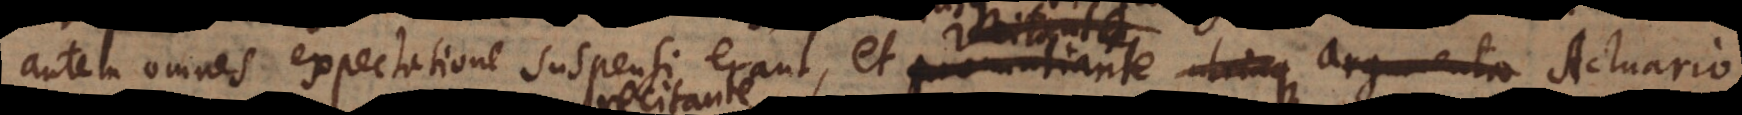
autem omnes expectatione suspensi erant, et pronuntiante utrinque argumenta Act